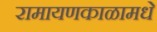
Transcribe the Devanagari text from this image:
रामायणकाळामधे